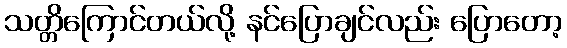
သတ္တိကြောင်တယ်လို့ နင်ပြောချင်လည်း ပြောတော့